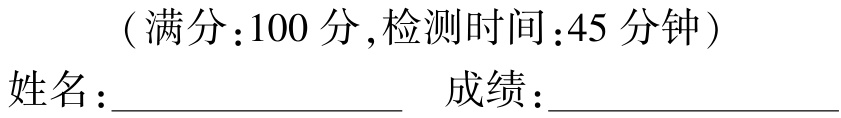
（满分：100 分,检测时间：45 分钟）
姓名：________________  成绩：________________